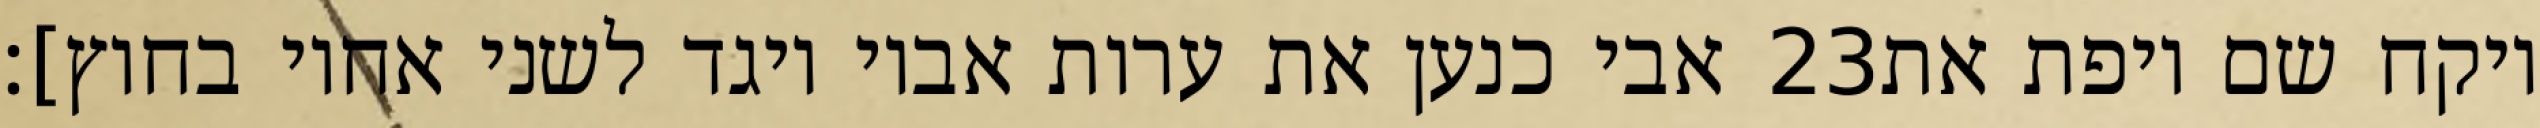
אבי כנען את ערות אביו ויגד לשני אחיו בחוץ]׃ ‎23‏ ויקח שם ויפת את